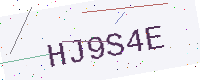
Text: HJ9S4E